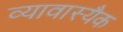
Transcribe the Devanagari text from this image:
व्यावास्यैक